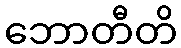
ဘောတီတိ